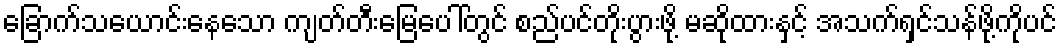
ခြောက်သယောင်းနေသော ကျတ်တီးမြေပေါ်တွင် စည်ပင်တိုးပွားဖို့ မဆိုထားနှင့် အသက်ရှင်သန်ဖို့ကိုပင်